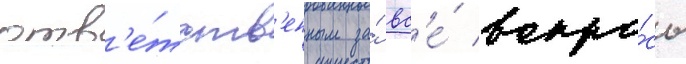
отв'е́тств'енным за́ вс'е́ вопро́сы